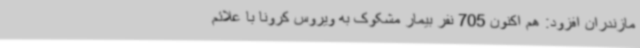
مازندران افزود: هم اکنون 705 نفر بیمار مشکوک به ویروس کرونا با علائم